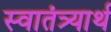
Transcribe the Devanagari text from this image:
स्वातंत्र्यार्थ